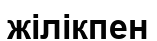
жілікпен